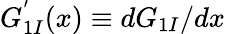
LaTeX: G_{1I}^{'}(x)\equiv dG_{1I}/dx